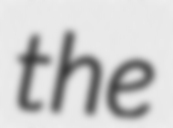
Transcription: the